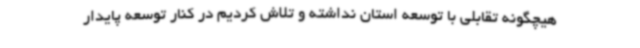
هیچگونه تقابلی با توسعه استان نداشته و تلاش کردیم در کنار توسعه پایدار